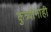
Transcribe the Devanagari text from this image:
कुत्र्यांनाही